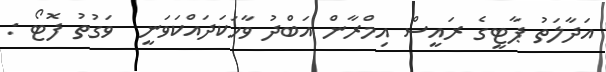
އަދާލަތު ޕާޓީގެ ރައީސް އިމްރާން އަބްދު ވާހަކަދައްކަވަނީ  ވަގުތު ފޮޓޯ :